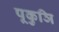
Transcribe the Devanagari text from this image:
पूकुञि